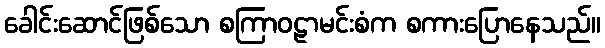
ခေါင်းဆောင်ဖြစ်သော စကြာဝဠာမင်းစံက စကားပြောနေသည်။